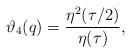
LaTeX: \begin{align*}\vartheta_4(q)=\frac{\eta^2(\tau/2)}{\eta(\tau)},\end{align*}